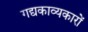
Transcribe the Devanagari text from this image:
गद्यकाव्यकारों